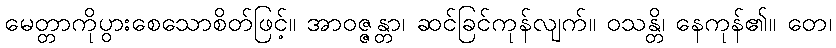
မေတ္တာကိုပွားစေသောစိတ်ဖြင့်။ အာဝဇ္ဇန္တာ၊ ဆင်ခြင်ကုန်လျက်။ ဝသန္တိ၊ နေကုန်၏။ တေ၊